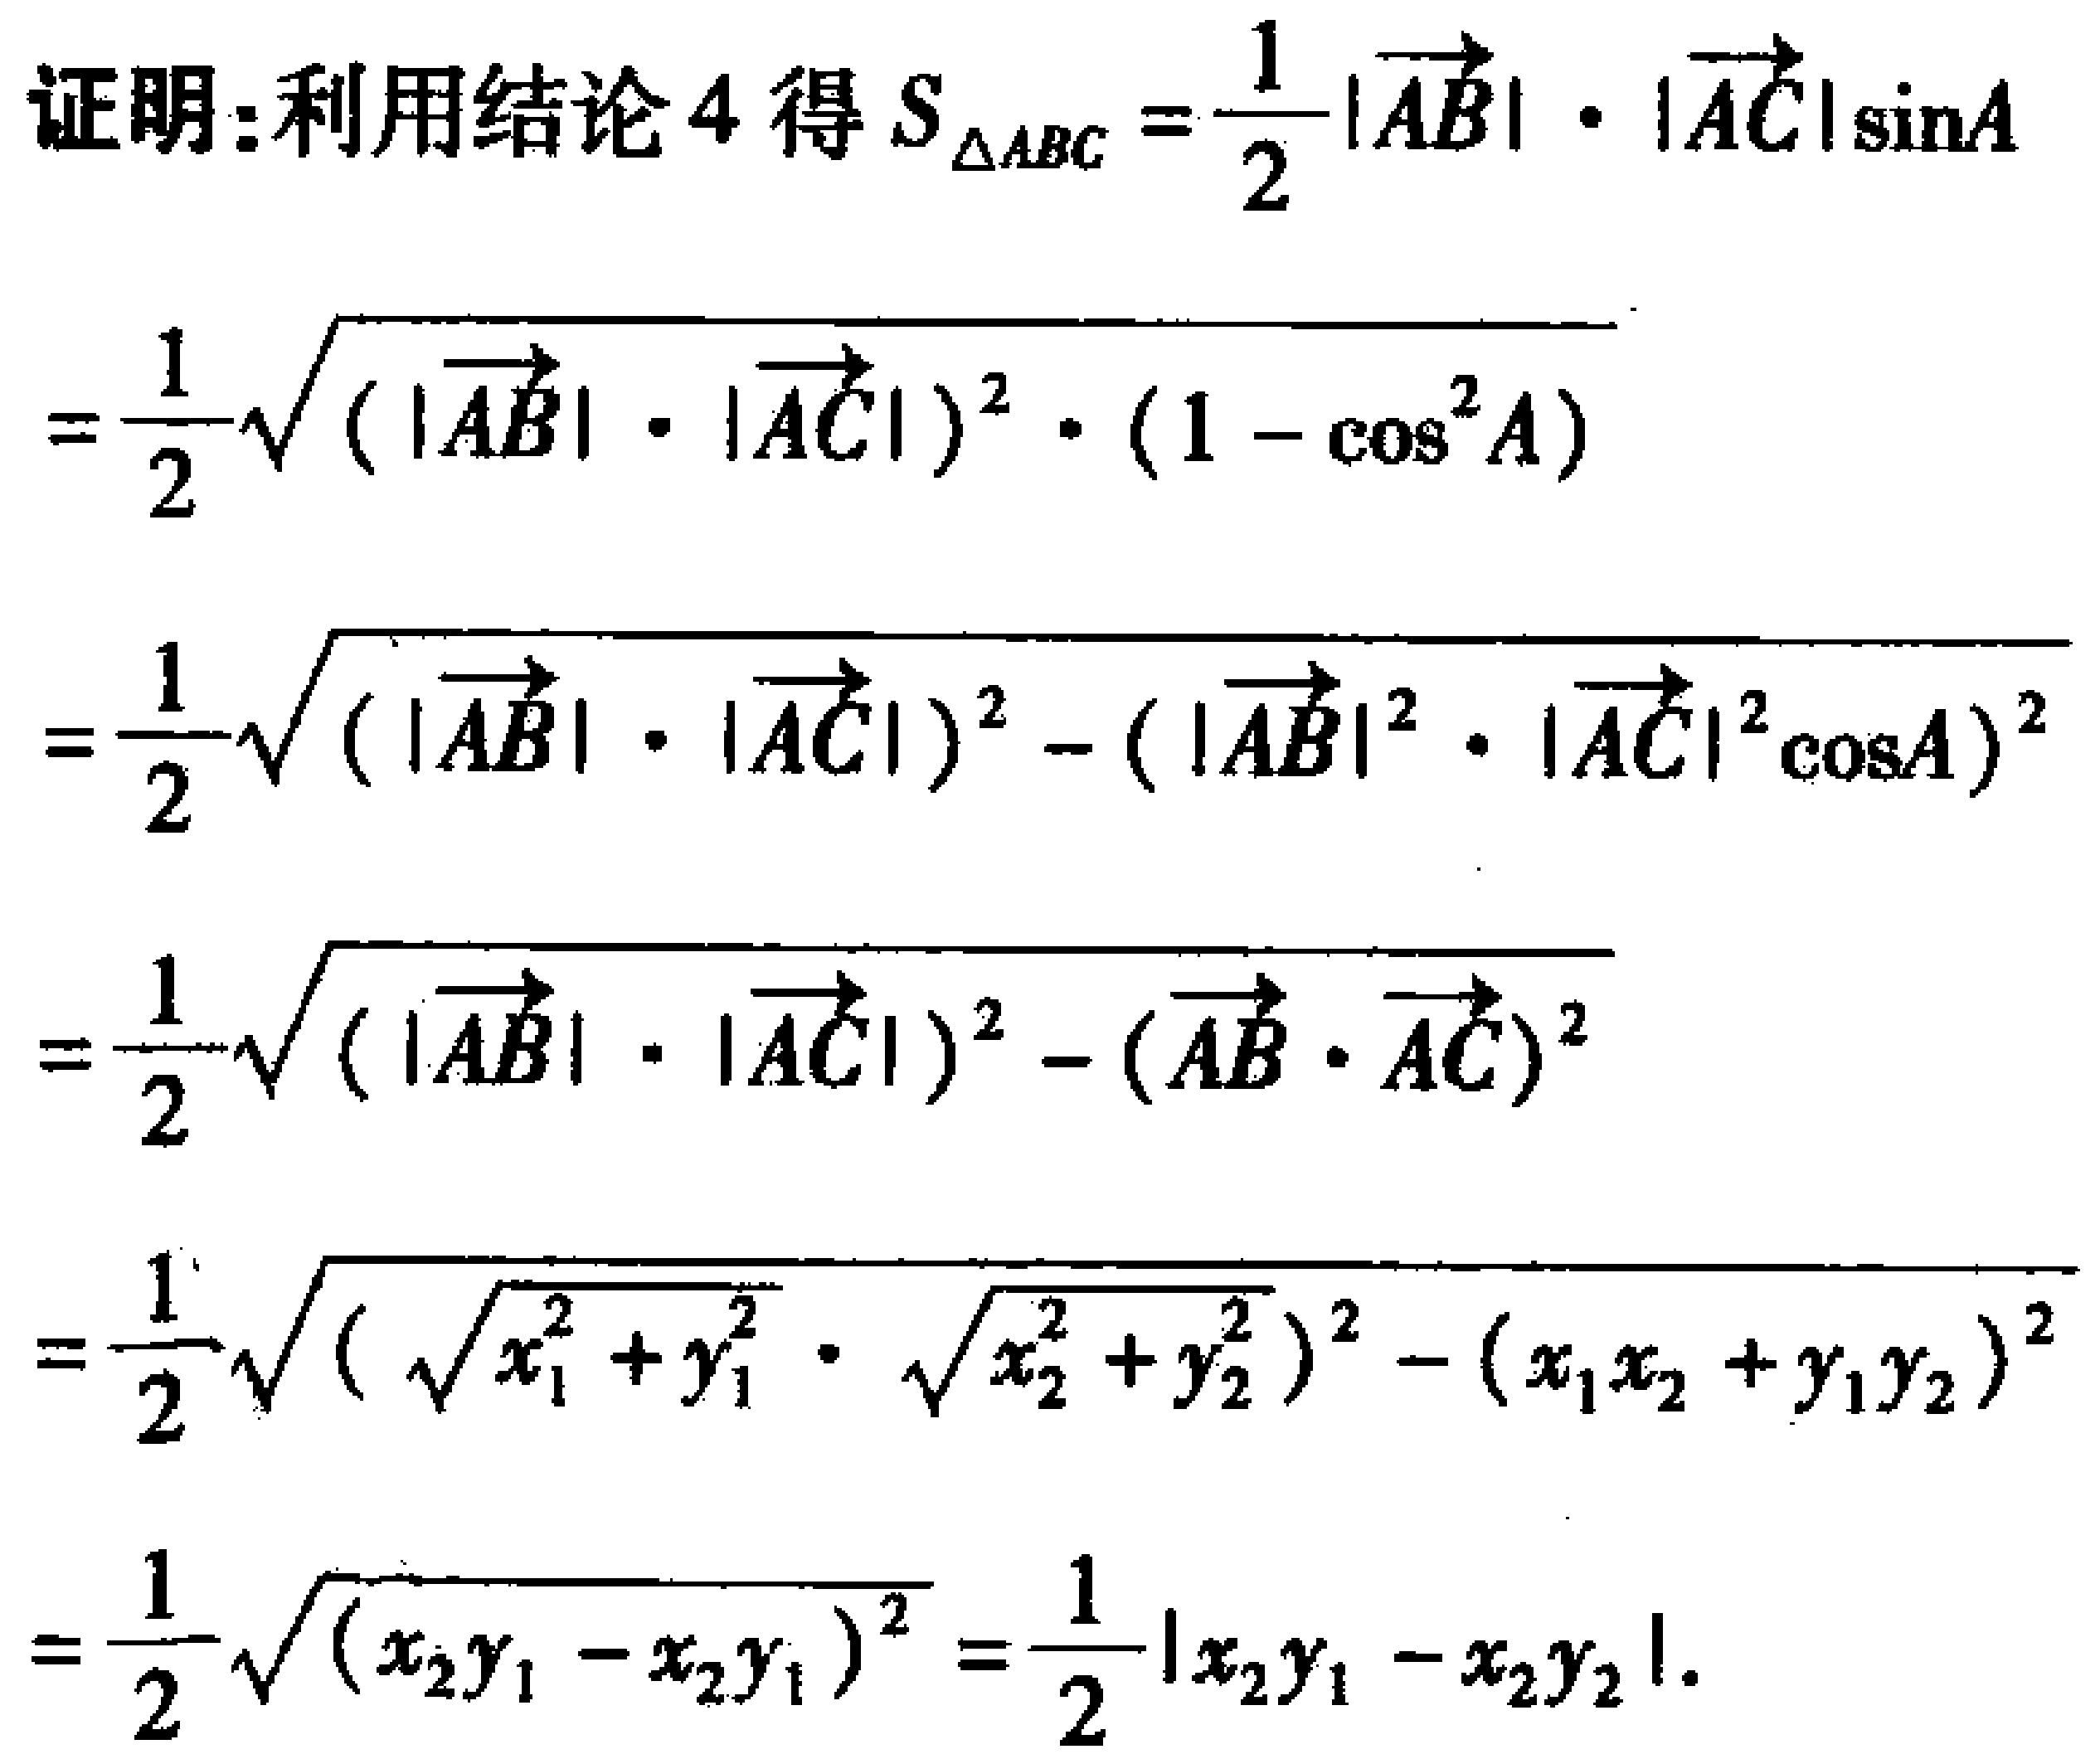
证明：利用结论 4 得 \(S_{\triangle ABC}=\frac{1}{2}|\overrightarrow{AB}|\cdot|\overrightarrow{AC}|\sin A\)
\(=\frac{1}{2}\sqrt{(|\overrightarrow{AB}|\cdot|\overrightarrow{AC}|)^2\cdot(1 - \cos^{2}A)}\)
\(=\frac{1}{2}\sqrt{(|\overrightarrow{AB}|\cdot|\overrightarrow{AC}|)^2 - (|\overrightarrow{AB}|^{2}\cdot|\overrightarrow{AC}|^{2}\cos A)^{2}}\)
\(=\frac{1}{2}\sqrt{(|\overrightarrow{AB}|\cdot|\overrightarrow{AC}|)^2 - (\overrightarrow{AB}\cdot\overrightarrow{AC})^{2}}\)
\(=\frac{1}{2}\sqrt{(\sqrt{x_{1}^{2}+y_{1}^{2}}\cdot\sqrt{x_{2}^{2}+y_{2}^{2}})^2 - (x_{1}x_{2}+y_{1}y_{2})^{2}}\)
\(=\frac{1}{2}\sqrt{(x_{2}y_{1}-x_{2}y_{1})^{2}}=\frac{1}{2}|x_{2}y_{1}-x_{2}y_{2}|\)